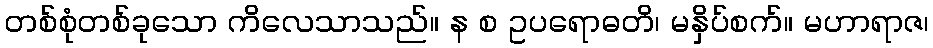
တစ်စုံတစ်ခုသော ကိလေသာသည်။ န စ ဥပရောဓတိ၊ မနှိပ်စက်။ မဟာရာဇ၊